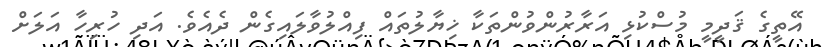
އޭތީގެ ޤަދީމީ މުސްކުޅި އަރާރުންވުންތަކާ ޚިޔާލުތައް ފިއްލުވާލައިގެން ދެއެވެ. އަދި ހުރިހާ އަލަށް